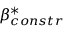
\beta _ { c o n s t r } ^ { * }